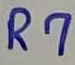
Text: R7